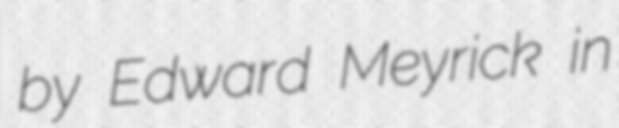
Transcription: by Edward Meyrick in